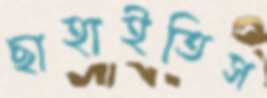
ছাহাইতিস